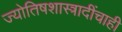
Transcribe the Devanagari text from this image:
ज्योतिषशास्त्रादींचाही